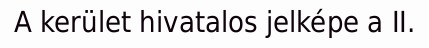
A kerület hivatalos jelképe a II.